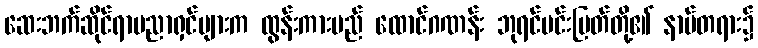
ဆေးဘက်ဆိုင်ရာပညာရှင်များက ထွန်းကားမည် ထောင်ဂဏန်း ဘုရင်မင်းမြတ်တို့၏ နာမ်တရား၌